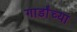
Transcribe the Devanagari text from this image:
गार्डांच्या